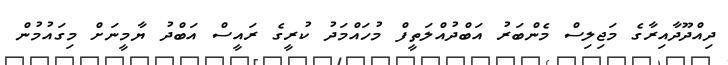
ދިއްދޫދާއިރާގެ މަޖިލިސް މެންބަރު އަބްދުއްލަތީފް މުހައްމަދު ކުރީގެ ރައީސް އަބްދު ޔާމީނަށް މިގައުމުން